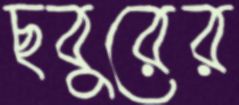
ছবুরের